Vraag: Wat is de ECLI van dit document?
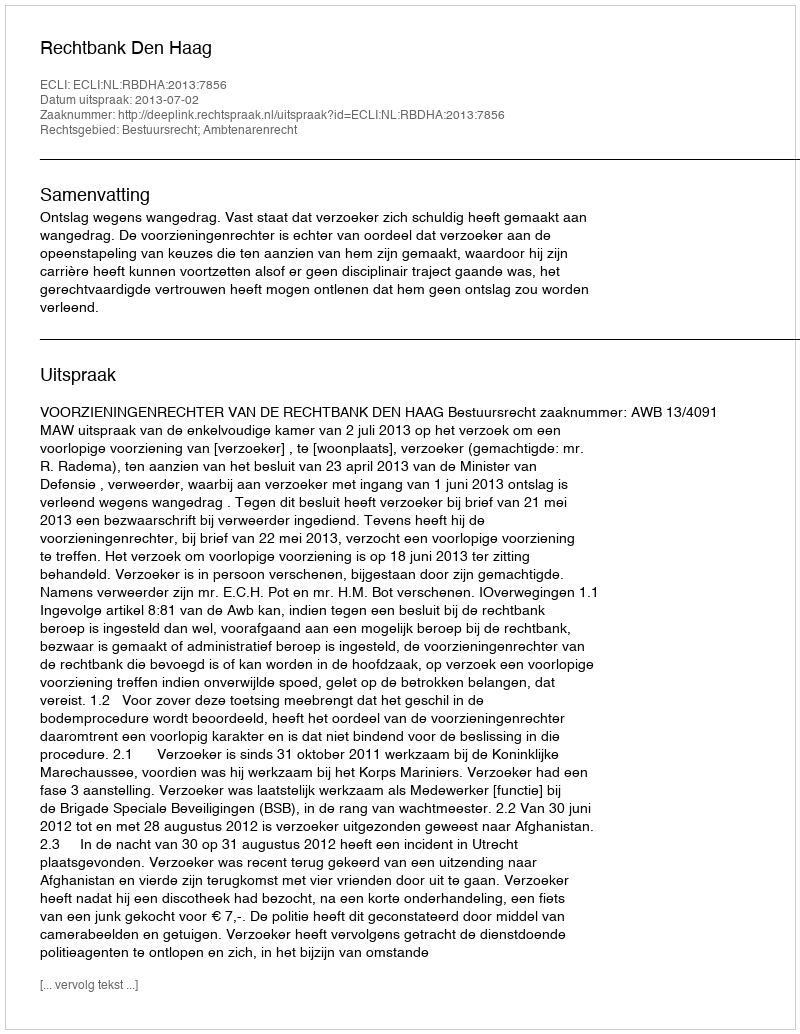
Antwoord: ECLI:NL:RBDHA:2013:7856